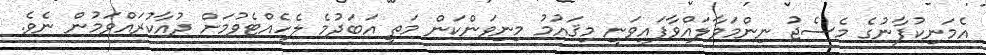
އެމަނިކުފާނުގެ މެސެޖު ނިންމަވާލައްވާފައިވަނީ މިޤައުމު މިނިވަންކަން މަތީ އަބަދުމެ ލެހެއްޓެވުމަށް ދުއާކުރައްވަމުން ނެވެ.